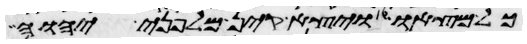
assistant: כל מצאו ויצא קין מלפני יהוה